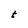
Character: t